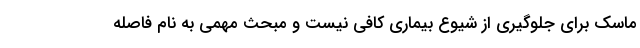
ماسک برای جلوگیری از شیوع بیماری کافی نیست و مبحث مهمی به نام فاصله